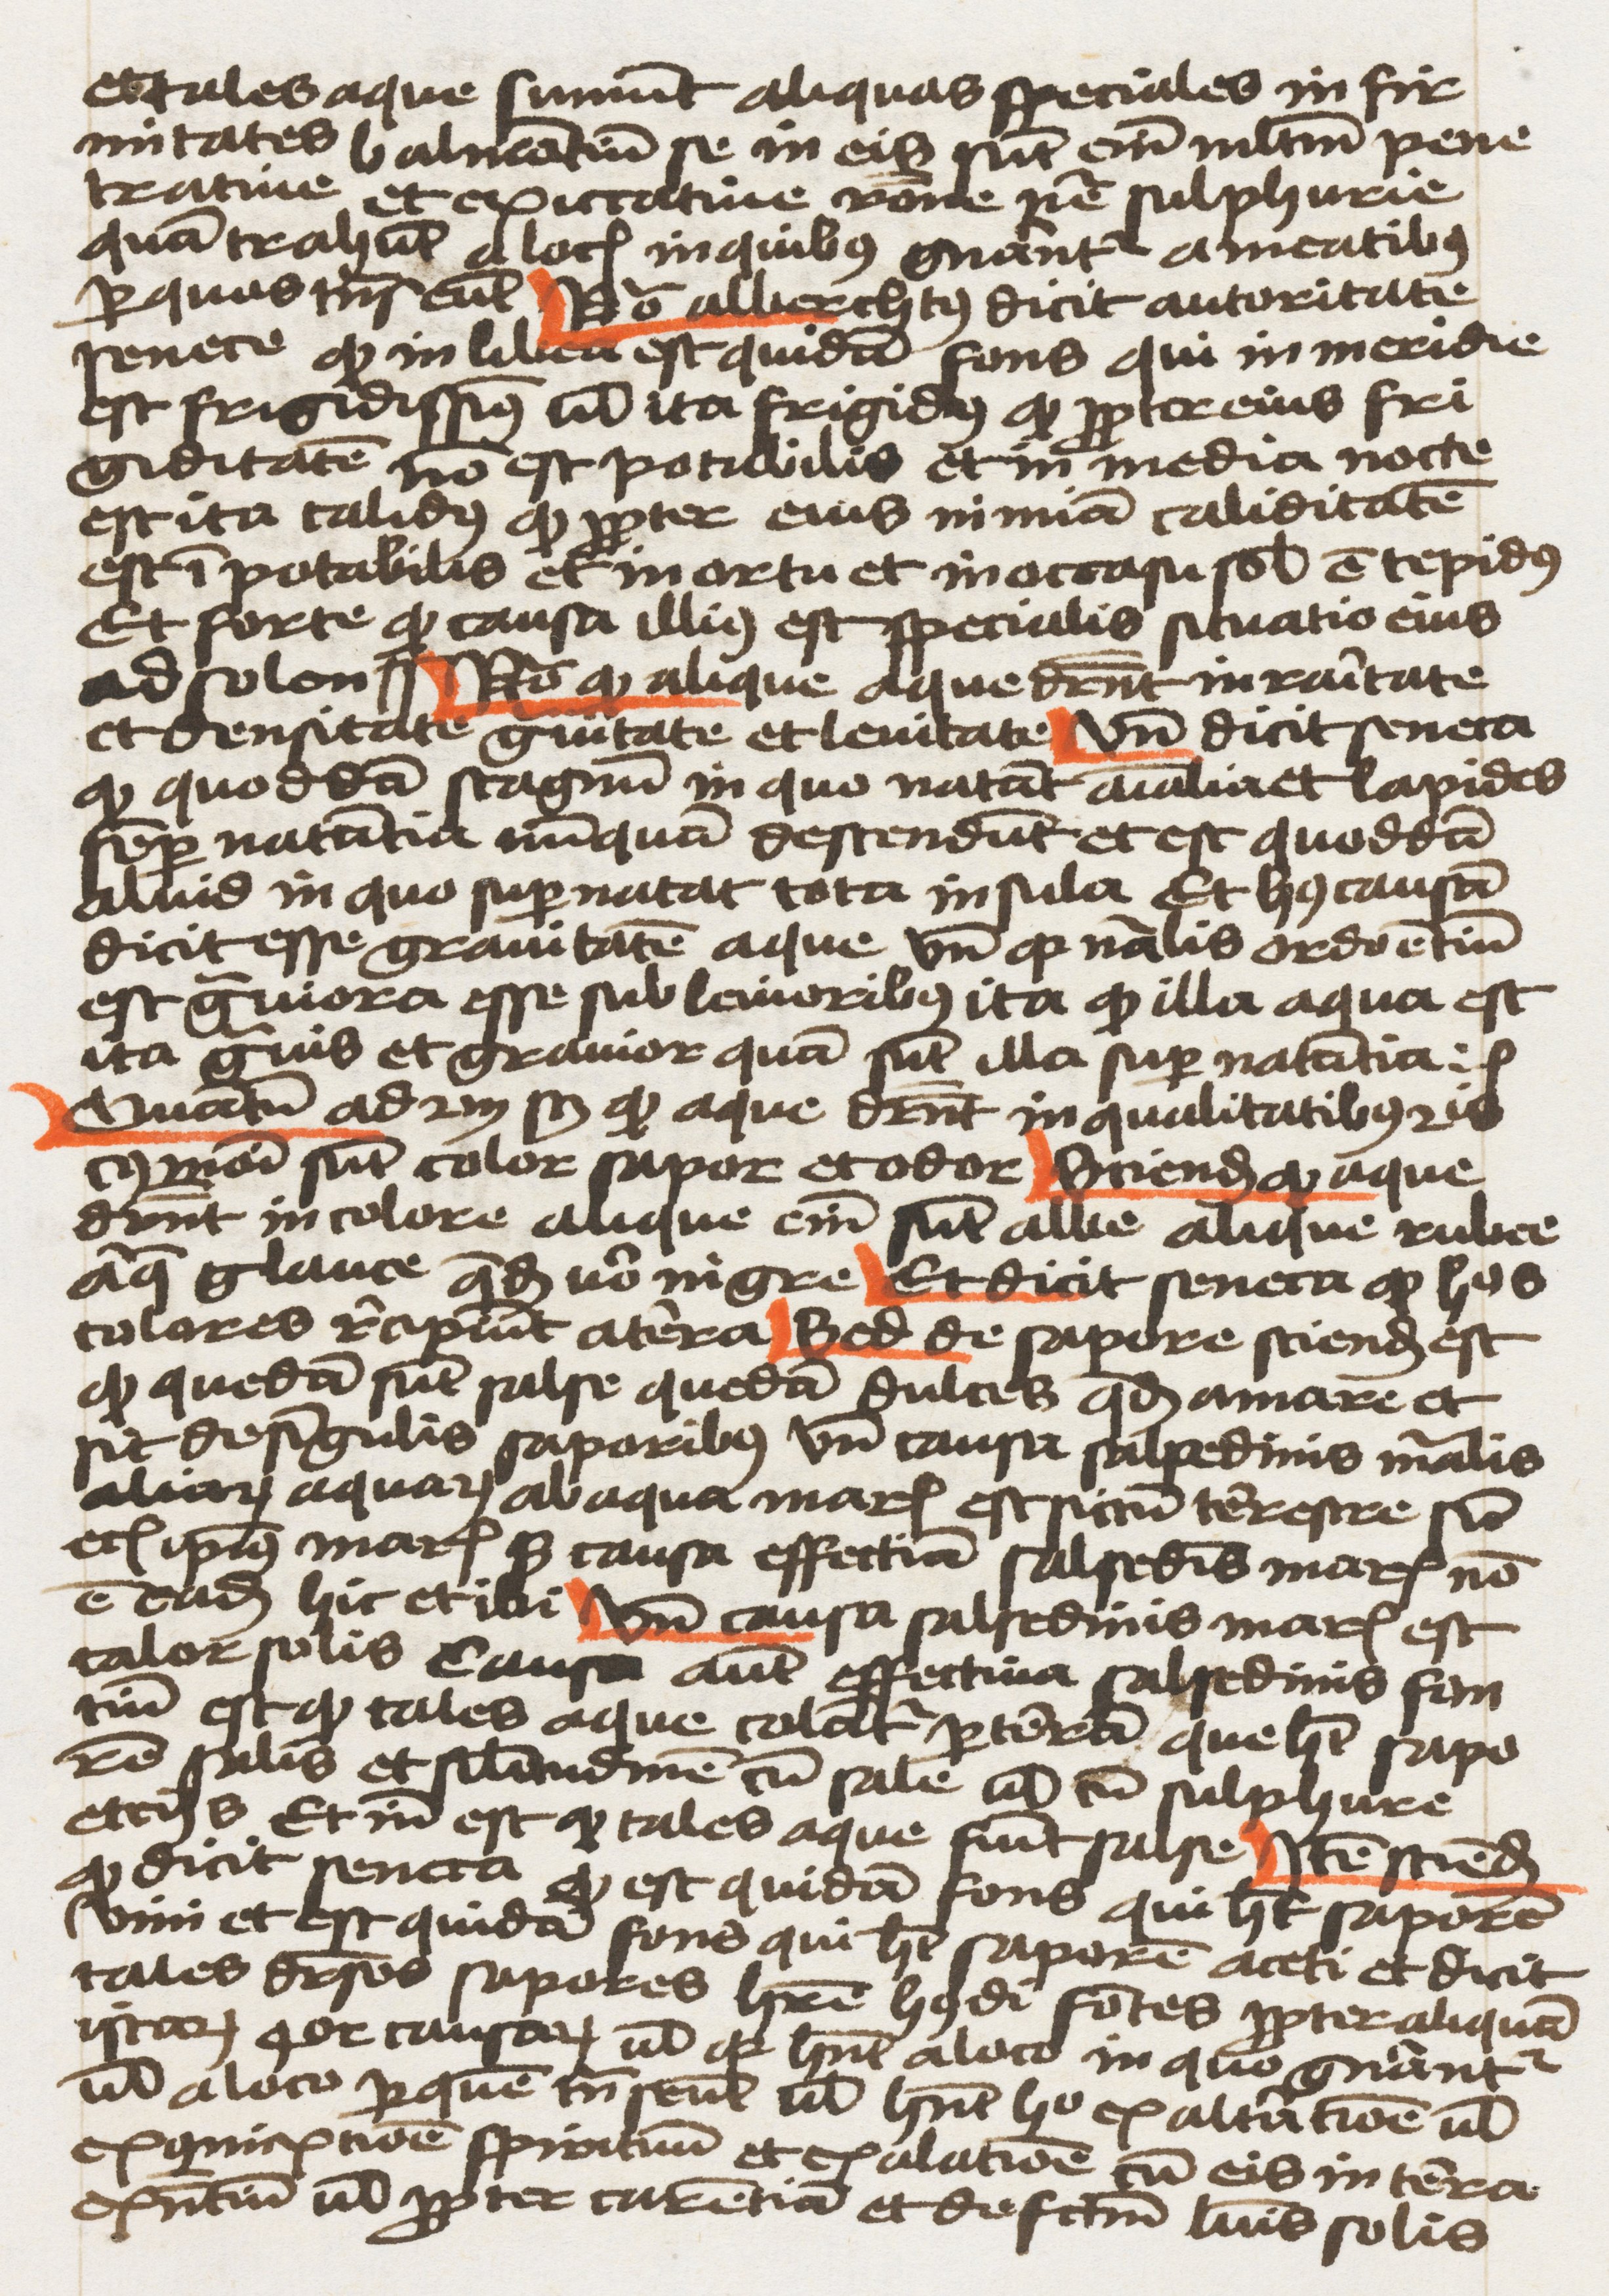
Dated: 1459–1459